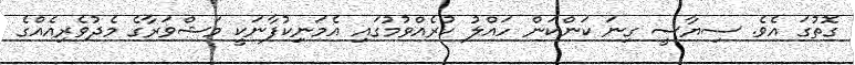
ގޮތުގަ އެވެ. ސިޔާސީ ގިނަ ކަންކަން ހައްލު ކުރެއްވުމުގައި އެމަނިިކުފާނަކީ މަޝްވަރާގެ މެދުވެރިއެއްގެ